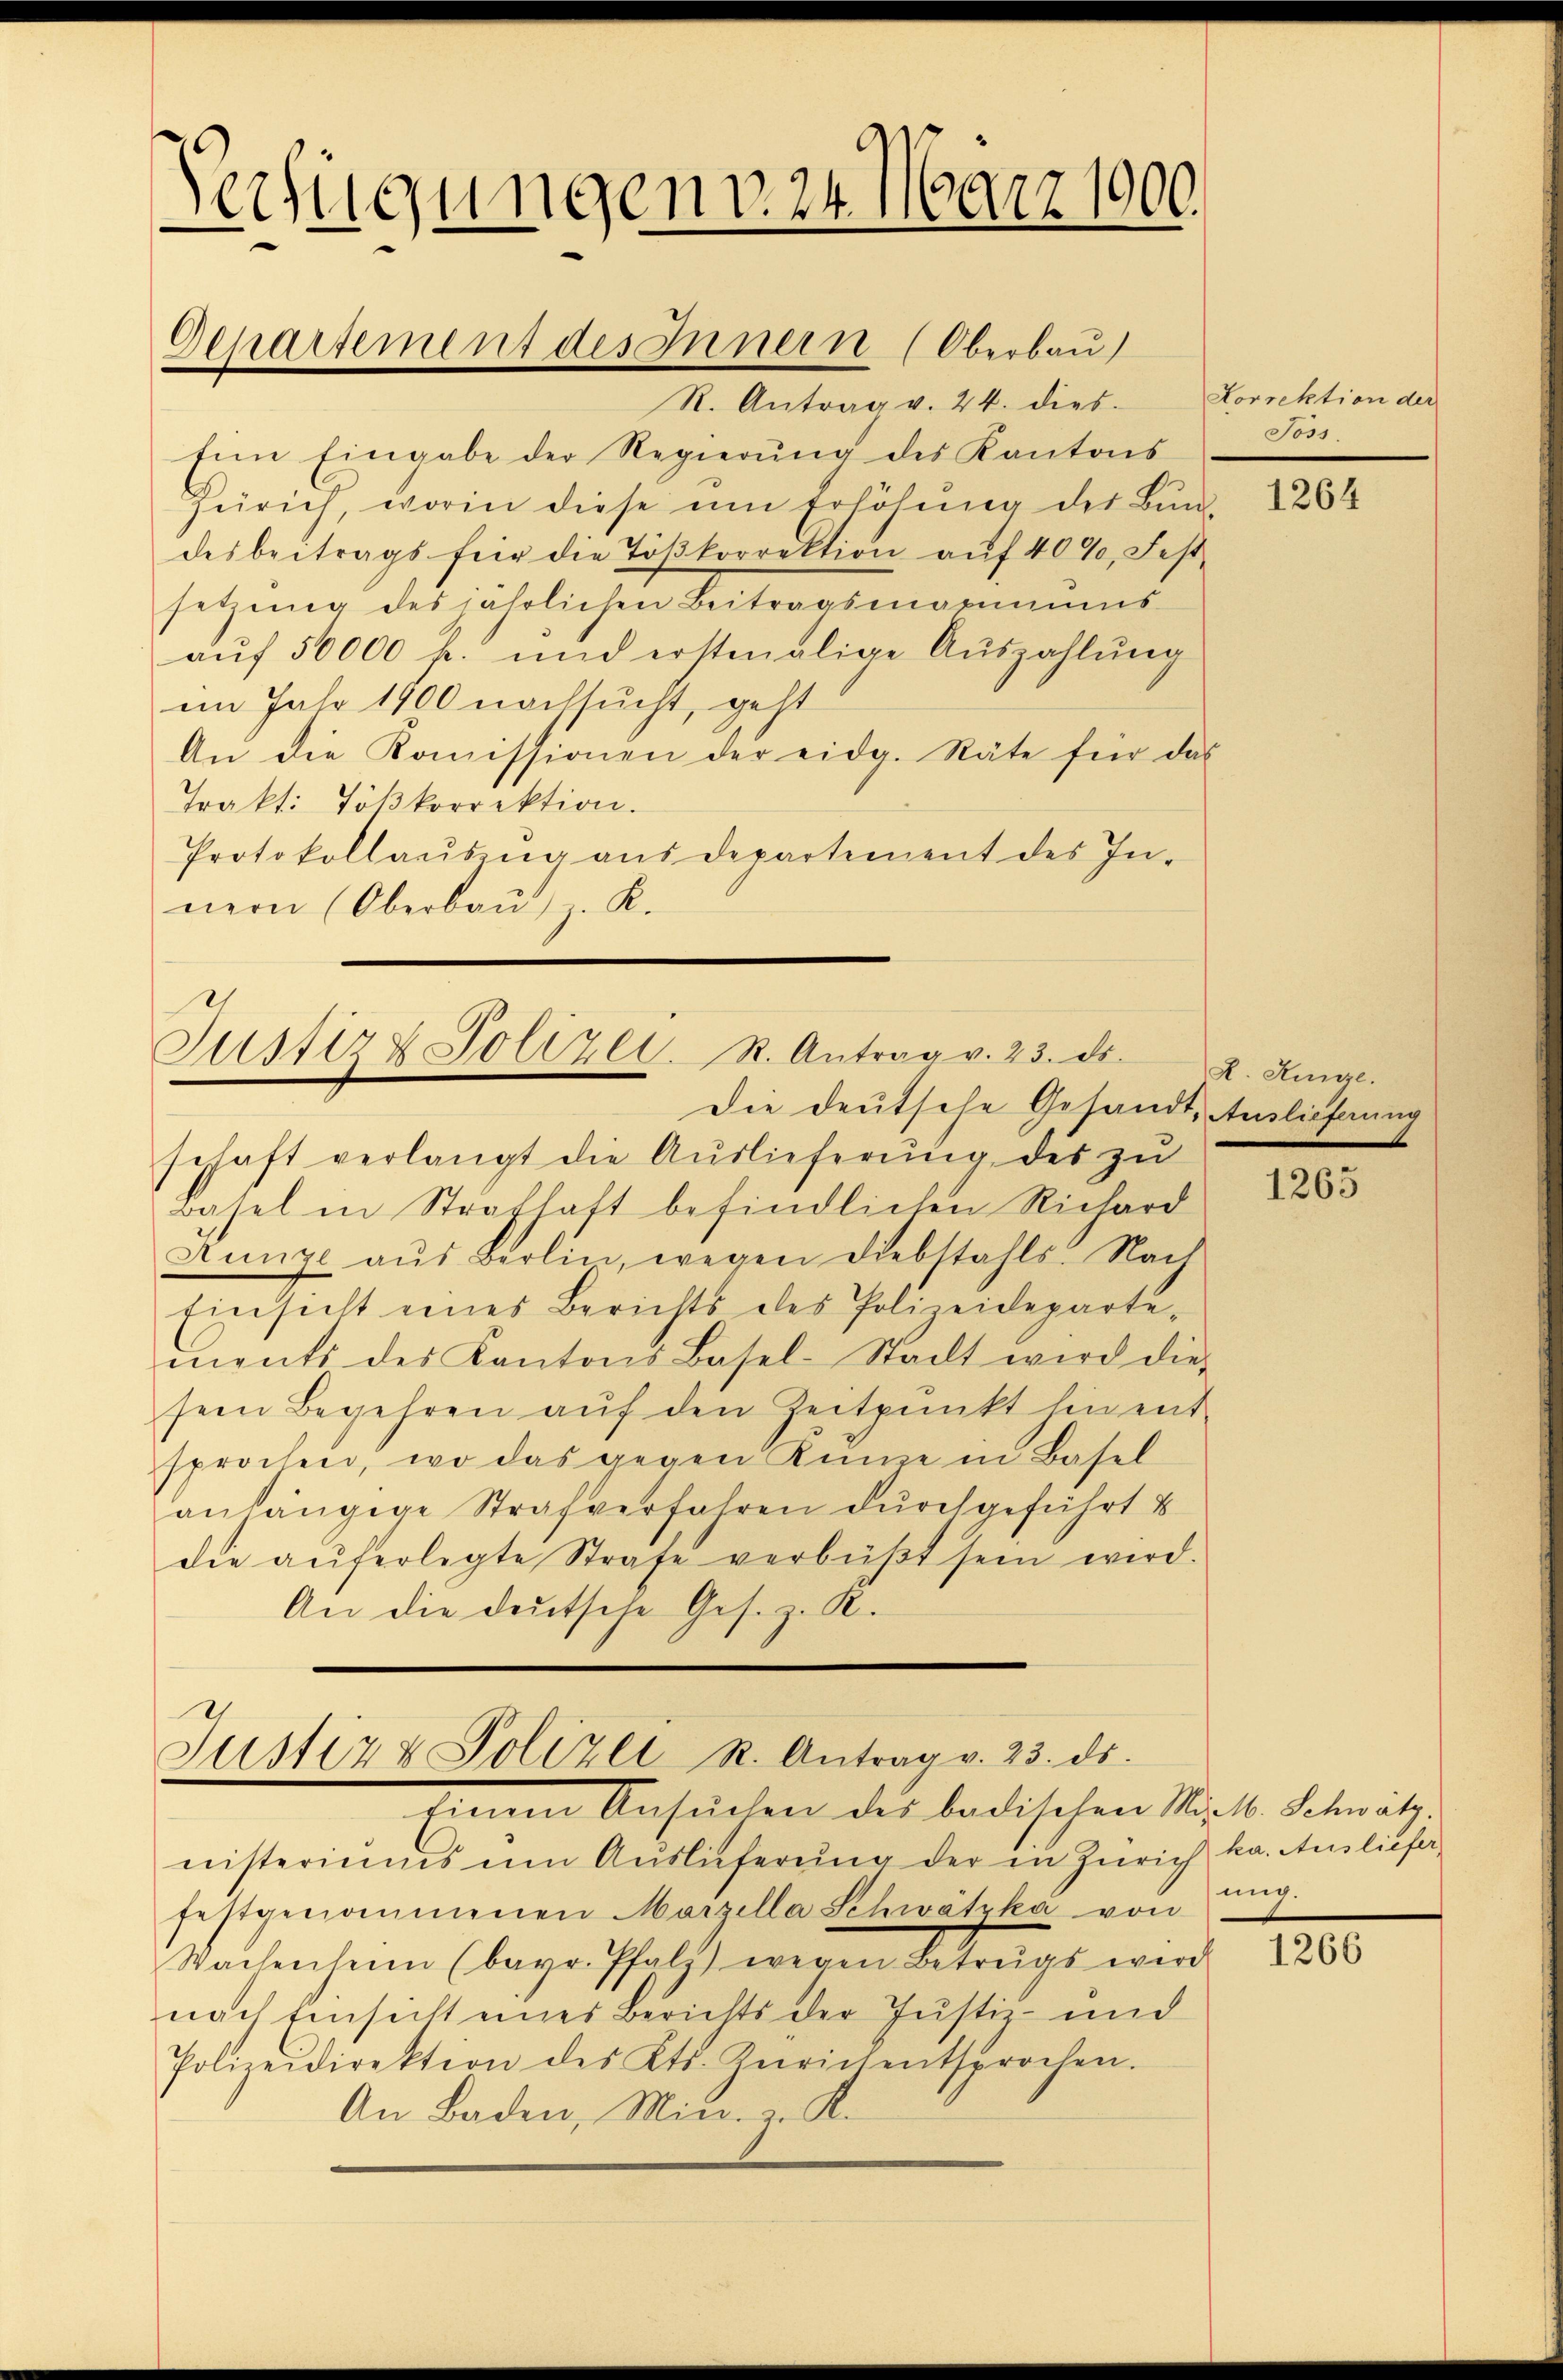
Verfügungen v. 24. März 1900.
Departement des Innern (Oberbau

Justiz & Polizei. R. Antrag v. 23. ds.
Die deutsche Gesandt, Auslieferung

R. Antrag v. 24. dies
Eine Eingabe der Regierŭng des Kantons
Zürich, worin diese um Erhöhŭng der Bŭnd-
desbeitrags für die Tößkorrektion auf 40%, Festsetzung des jährlichen Beitragsmanns
auf 50000 fr. und erstmalige Auszahlung
im Jahr 1900 nachsucht, geht
An die Koṁissionen der eidg. Räte für das
Trakt: Tößkorrektion.
Protokollausung aus departement des In-
nern (Oberbau, z. K.

Justiz & Polizei R. Antrag v. 23. ds.

schaft verlangt die Auslieferung des zu
Basel in Strafhaft befindlichen Richard
Aunze aus Berlin, wegen Diebstahls. Nach
Einsicht eines Berichts des Polizeidepartements des Kantons Basel-Stadt wird die
sein Begehren auf den Zeitpunkt hin ent-
sprochen, wo das gegen Kinne in Basel
anhängige Strafverfahren durchgeführt b
die aŭferlegte Strafe verbüβt sein wird.
An die deutsche Ges. z. R.

Korrektion der
Joss.

Einem Ansuchen des badischen Mit Schwätz
nisteriŭms ŭm Aŭslieferŭng der in Zürich ka. Ausliefer
festgenommenen Marzilla Schwätzka von
Wachenheim (bayr. Pfalt) wegen Betrŭgs wird
nach Einsicht eines Berichts der Justiz- und
Polizeidirektion des Kts. Keerich entsprochen.
An Baden, Min. v. K.

1264

L. Ringe.

1265

ung.

1266